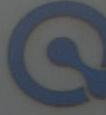
Q